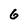
Character: 6